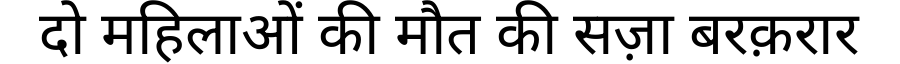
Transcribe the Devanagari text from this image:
दो महिलाओं की मौत की सज़ा बरक़रार